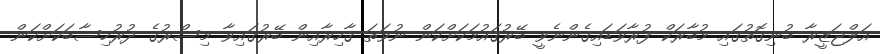
އަލްޖަޒީރާ ބުނިގޮތުގައި މުބާރަކް ފުރާވަޑައިގެންނެވީ ބޭރުޤައުމަކަށްކަން ނުވަތަ ޤާހިރާއިން ބޭރުގައިވާ މިސްރުގެ ދުރުހިސާބަކަށްކަން